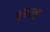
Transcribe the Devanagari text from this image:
कूलगार्डी